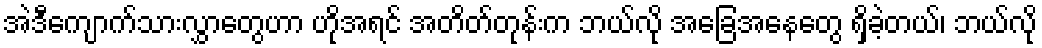
အဲဒီကျောက်သားလွှာတွေဟာ ဟိုအရင် အတိတ်တုန်းက ဘယ်လို အခြေအနေတွေ ရှိခဲ့တယ်၊ ဘယ်လို